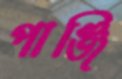
পাঞ্জি